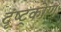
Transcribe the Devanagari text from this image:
दृष्ट्कोण